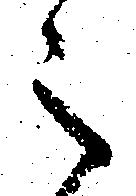
之